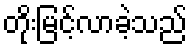
တိုးမြင့်လာခဲ့သည်